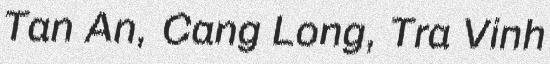
Tan An, Cang Long, Tra Vinh